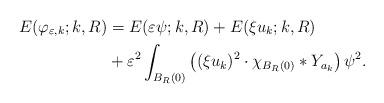
LaTeX: \begin{align*}E(\varphi_{\varepsilon,k};k,R) &= E(\varepsilon \psi;k,R) + E( \xi u_{k} ;k,R) \\ & + \varepsilon^{2} \int_{B_{R}(0)} \left( (\xi u_{k})^{2} \cdot \chi_{B_{R}(0)} * Y_{a_{k}} \right) \psi^{2}.\end{align*}